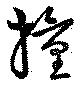
撞